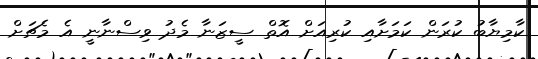
ކާމިޔާބު ކުރަން ކަމަށާއި ކުރިއަށް އޮތް ސީޒަނާ މެދު ވިސްނާނީ އެ މެޗަށް